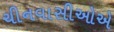
ચીનવાસીઓએ